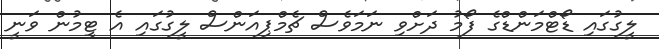
ލީގުގައި ޑޯޓްމަންޑްގެ ފޯމު ދަށްވި ނަމަވެސް ޗެމްޕިއަންސް ލީގުގައި އެ ޓީމުން ވަނީ